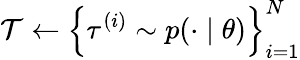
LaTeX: \mathcal{T}\leftarrow\left\{ \tau^{(i)}\sim p(\cdot\mid\theta)\right\} _{i=1}^{N}